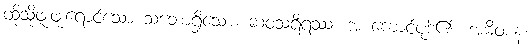
ထိုသို့ဖူးဖူးရောင်သော သဘောရှိသော။ ဆဝသရီရဿ၊ အ ကောင်ပုဒ်၏။ အဓိဝစနံ၊